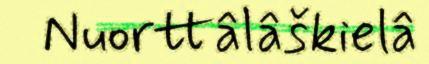
Nuorttâlâškielâ